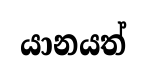
යානයත්